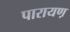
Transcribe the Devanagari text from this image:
पारायण़